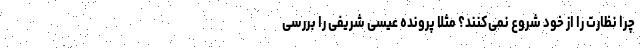
چرا نظارت را از خود شروع نمی‌کنند؟ مثلا پرونده عیسی شریفی را بررسی